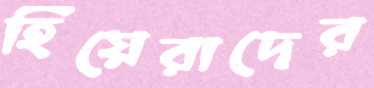
হিয়েরাদের